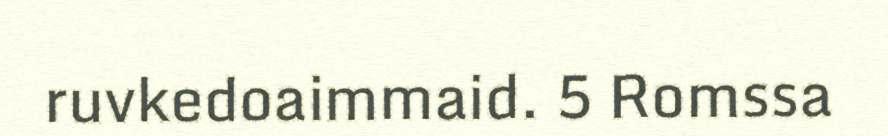
ruvkedoaimmaid. 5 Romssa